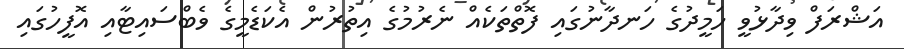
އަޝްރަފް ވިދާޅުވީ ހަމީދުގެ ހަނދާނުގައި ފޮތްތަކެއް ނެރުމުގެ އިތުރުން އެކަޑެމީގެ ވެބްސައިޓާއި އޮފީހުގައި